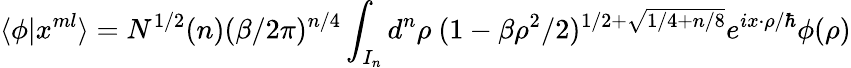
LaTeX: \langle\phi|x^{ml}\rangle=N^{1/2}(n)(\beta/2\pi)^{n/4}\int_{I_{n}}d^{n}\rho~(1-\beta\rho^{2}/2)^{1/2+\sqrt{1/4+n/8}}e^{ix\cdot\rho/\hbar}\phi(\rho)